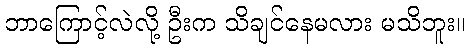
ဘာကြောင့်လဲလို့ ဦးက သိချင်နေမလား မသိဘူး။